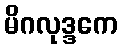
မိဂလုဒ္ဒကေ